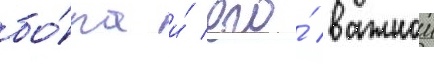
бо́ра и́ его́ важнои